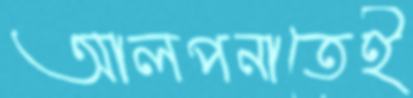
আলপনাতেই